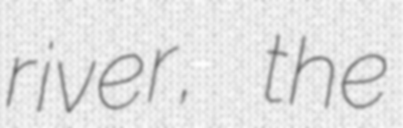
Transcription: river, the